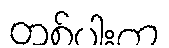
တစ်ပါးက